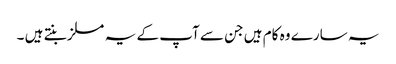
یہ سارے وہ کام ہیں جن سے آپ کے یہ مسلز بنتے ہیں ۔